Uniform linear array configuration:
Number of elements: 12
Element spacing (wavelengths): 1
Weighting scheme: uniform
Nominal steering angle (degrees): -15
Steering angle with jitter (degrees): -15.575
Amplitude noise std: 0.05
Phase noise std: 0.05

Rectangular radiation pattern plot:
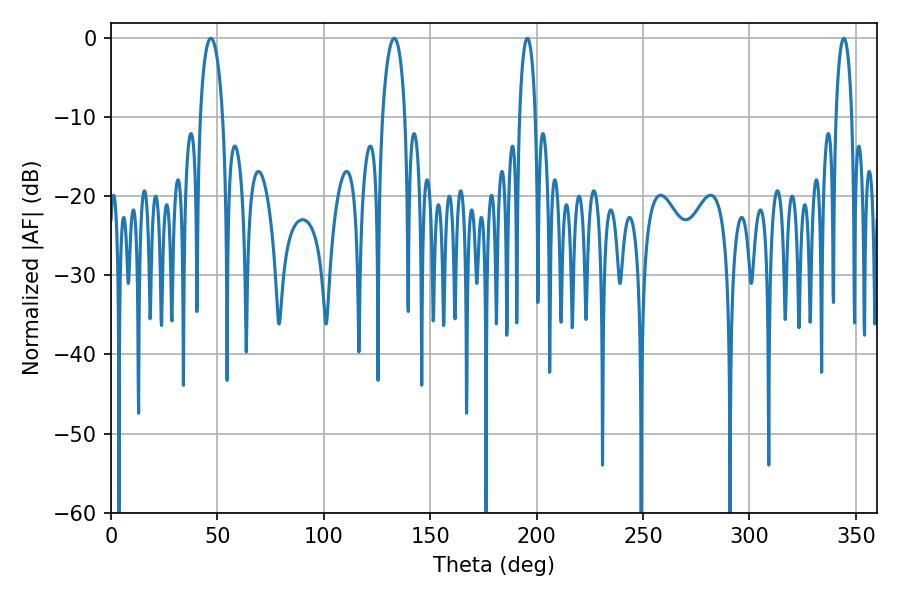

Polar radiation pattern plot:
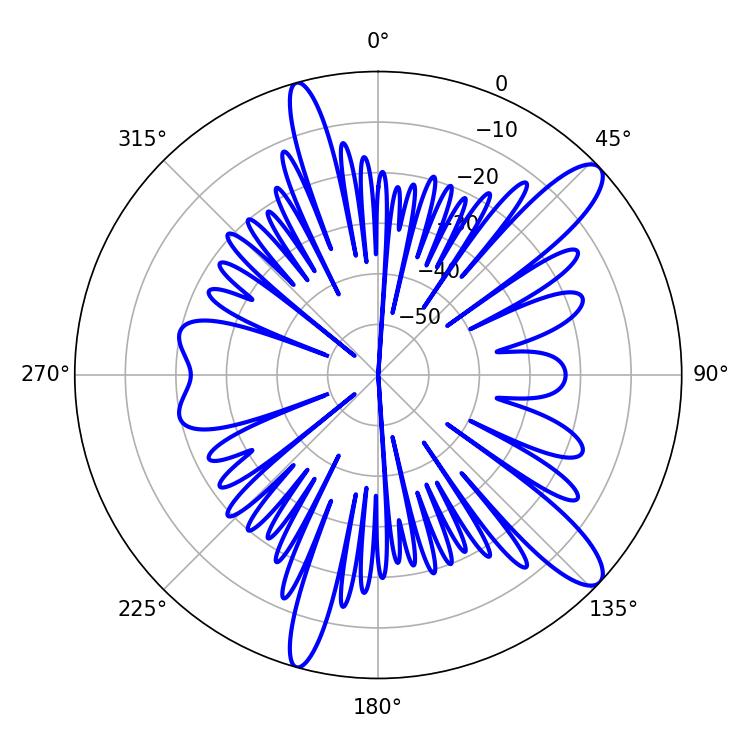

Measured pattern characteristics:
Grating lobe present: TRUE
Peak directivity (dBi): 12.027
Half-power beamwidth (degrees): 4.32
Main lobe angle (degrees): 195.66